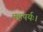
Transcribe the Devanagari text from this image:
महषर्यः।